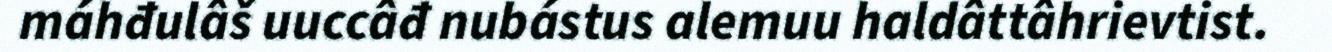
máhđulâš uuccâđ nubástus alemuu haldâttâhrievtist.